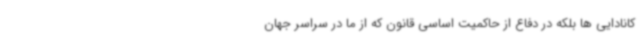
کانادایی ها بلکه در دفاع از حاکمیت اساسی قانون که از ما در سراسر جهان